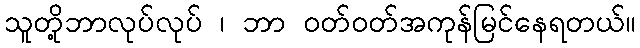
သူတို့ဘာလုပ်လုပ် ၊ ဘာ ဝတ်ဝတ်အကုန်မြင်နေရတယ်။